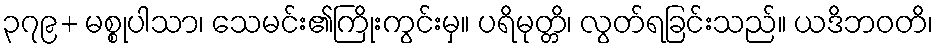
၃၇၉+ မစ္စုပါသာ၊ သေမင်း၏ကြိုးကွင်းမှ။ ပရိမုတ္တိ၊ လွတ်ရခြင်းသည်။ ယဒိဘဝတိ၊